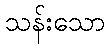
သန်းသော